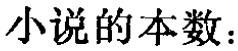
小说的本数：